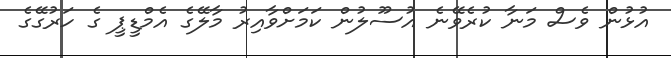
އުޅުން ވެސް މަނާ ކުރެވޭނެ އުސޫލުން ކަމަށްވާއިރު މާލޭގެ އެމްޑީޕީ ގެ ހަރުގޭގެ